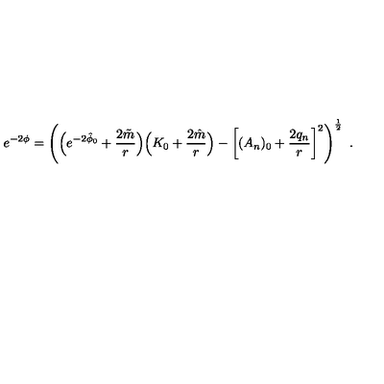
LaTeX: e ^ { - 2 \phi } = \left( \Bigl ( e ^ { - 2 \hat { \phi } _ { 0 } } + { \frac { 2 \tilde { m } } { r } } \Bigr ) \Bigl ( K _ { 0 } + { \frac { 2 \hat { m } } { r } } \Bigr ) - \left[ ( A _ { n } ) _ { 0 } + { \frac { 2 q _ { n } } { r } } \right] ^ { 2 } \right) ^ { \frac { 1 } { 2 } } \ .